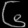
Digit: ၆